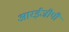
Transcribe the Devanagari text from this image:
आरईजीपी